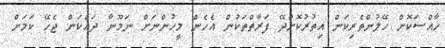
ހާއްސަކޮށް ހޭލުންތެރިކަން އިތުރުކޮށްދޭ ފަރާތްތަކުން އެހެން މީހުންނަށް ނަމޫނާ ދައްކަން ޖެހޭ ކަމަށް